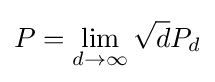
P=\lim _{d\rightarrow \infty }{\sqrt {d}}P_{d}